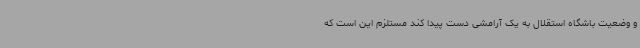
و وضعیت باشگاه استقلال به یک آرامشی دست پیدا کند مستلزم این است که